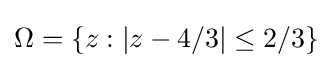
\Omega =\lbrace z:|z-4/3|\leq 2/3\rbrace